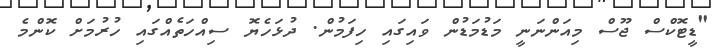
"ޑީޓޮކްސް ޖޫސް މިއަންނަނީ މަޑުމަޑުން ވައިގައި ހިފަމުން. ދުޅަހެޔޮ ސިއްހަތެއްގައި ހުރުމަށް ކޮންމެ